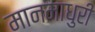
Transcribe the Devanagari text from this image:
मानमाधुरी